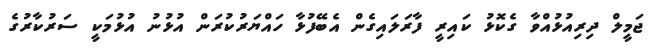
ޖަމީލް ދިރިއުޅުއްވާ ގެކޮޅު ކައިރީ ފާރަލައިގެން އެބޭފުޅާ ހައްޔަރުކުރަން އުޅުނު އުޅުމަކީ ސަރުކާރުގެ